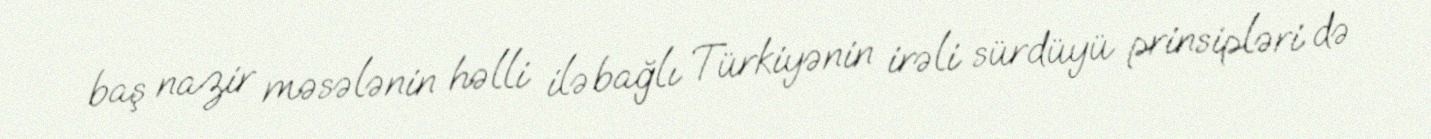
baş nazir məsələnin həlli ilə bağlı Türkiyənin irəli sürdüyü prinsipləri də